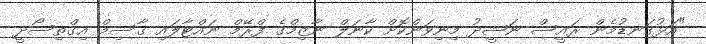
"އަޅުގަނޑުމެން ރައީސް ނަޝީދު މިނިވަންކޮށް ކާނަލް ނާޒިމްގެ ފްރޭމް ނައްޓާލައި ގާސިމް އިގްތިސޯދީ